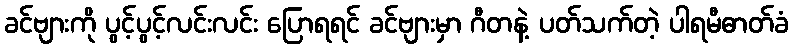
ခင်ဗျားကို ပွင့်ပွင့်လင်းလင်း ပြောရရင် ခင်ဗျားမှာ ဂီတနဲ့ ပတ်သက်တဲ့ ပါရမီဓာတ်ခံ